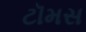
ટૉમસ